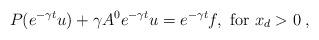
LaTeX: \begin{align*} P(e^{-\gamma t} u) + \gamma A^0 e^{-\gamma t}u = e^{-\gamma t} f ,\mbox{ for } x_d>0\;, \end{align*}